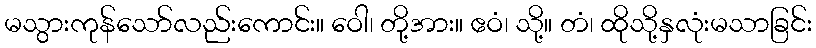
မသွားကုန်သော်လည်းကောင်း။ ဝေါ၊ တို့အား။ ဧဝံ၊ သို့။ တံ၊ ထိုသို့နှလုံးမသာခြင်း